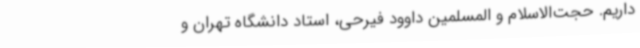
داریم. حجت‌الاسلام و المسلمین داوود فیرحی، استاد دانشگاه تهران و